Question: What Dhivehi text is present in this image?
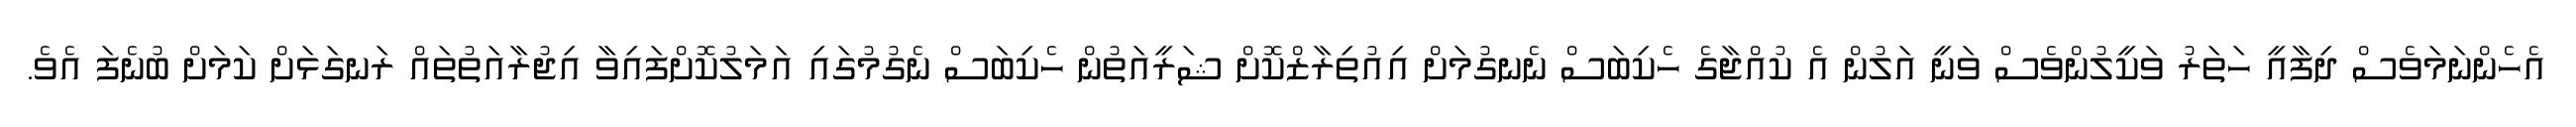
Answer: އެހެންނަމަވެސް ދިފާއީ ހަތަރު ވަކީލުންވެސް ވަނީ އަލުން އެ ކުއްޖާގެ ހެކިބަސް ނެނގުމަށް އިއުތިރާޒްކޮށް ޝަރީއަތުން ހެކިބަސް ނެގުމުގައި އަމަލުކޮށްފައިވާ އިޖުރާއަތުތައް ރަނގަޅަށް ކަމަށް ބުނެފަ އެވެ.